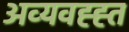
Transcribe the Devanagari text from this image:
अव्यवह्ह्त